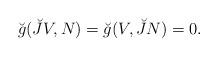
LaTeX: \begin{align*}\breve{g}(\breve{J}V,N)=\breve{g}(V,\breve{J}N)=0. \end{align*}